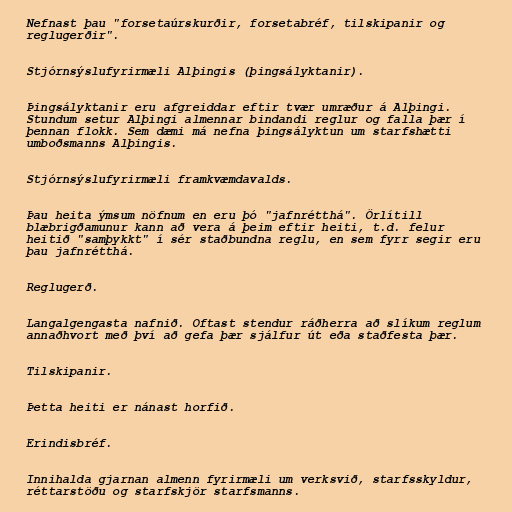
Nefnast þau "forsetaúrskurðir, forsetabréf, tilskipanir og
reglugerðir".

Stjórnsýslufyrirmæli Alþingis (þingsályktanir).

Þingsályktanir eru afgreiddar eftir tvær umræður á Alþingi.
Stundum setur Alþingi almennar bindandi reglur og falla þær í
þennan flokk. Sem dæmi má nefna þingsályktun um starfshætti
umboðsmanns Alþingis.

Stjórnsýslufyrirmæli framkvæmdavalds.

Þau heita ýmsum nöfnum en eru þó "jafnrétthá". Örlítill
blæbrigðamunur kann að vera á þeim eftir heiti, t.d. felur
heitið "samþykkt" í sér staðbundna reglu, en sem fyrr segir eru
þau jafnrétthá.

Reglugerð.

Langalgengasta nafnið. Oftast stendur ráðherra að slíkum reglum
annaðhvort með því að gefa þær sjálfur út eða staðfesta þær.

Tilskipanir.

Þetta heiti er nánast horfið.

Erindisbréf.

Innihalda gjarnan almenn fyrirmæli um verksvið, starfsskyldur,
réttarstöðu og starfskjör starfsmanns.